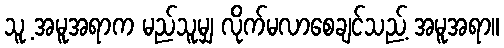
သူ့ အမူအရာက မည်သူမျှ လိုက်မလာစေချင်သည့် အမူအရာ။